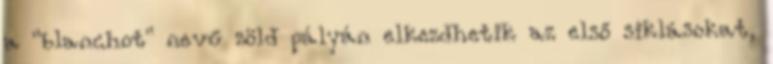
a "blanchot" nevű zöld pályán elkezdhetik az első siklásokat,